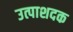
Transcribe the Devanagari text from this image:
उत्पाशदक